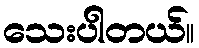
သေးပါတယ်။